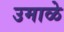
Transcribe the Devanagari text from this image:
उमाळे